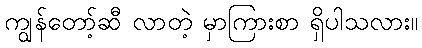
ကျွန်တော့်ဆီ လာတဲ့ မှာကြားစာ ရှိပါသလား။